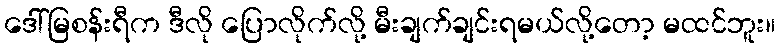
ဒေါ်မြစန်းရီက ဒီလို ပြောလိုက်လို့ မီးချက်ချင်းရမယ်လို့တော့ မထင်ဘူး။